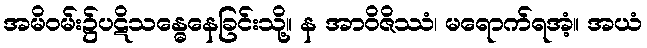
အမိဝမ်း၌ပဋိသန္ဓေနေခြင်းသို့။ န အာဝိဇိဿံ၊ မရောက်ရအံ့။ အယံ